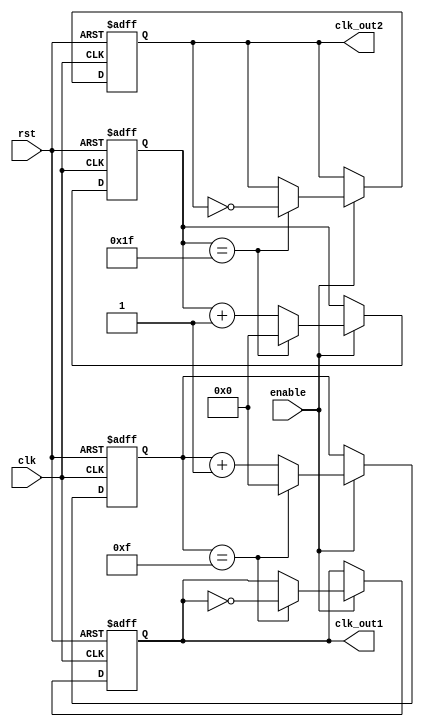
module dual_modulus_clock_divider (
    input wire clk,
    input wire rst,
    input wire enable,
    output reg clk_out1,
    output reg clk_out2
);

reg [7:0] count1;
reg [7:0] count2;
reg [7:0] modulus1 = 8'h0F; // Modulus for clk_out1
reg [7:0] modulus2 = 8'h1F; // Modulus for clk_out2

always @(posedge clk or posedge rst) begin
    if (rst) begin
        count1 <= 8'h00;
        count2 <= 8'h00;
        clk_out1 <= 1'b0;
        clk_out2 <= 1'b0;
    end else begin
        if (enable) begin
            if (count1 == modulus1) begin
                count1 <= 8'h00;
                clk_out1 <= ~clk_out1;
            end else begin
                count1 <= count1 + 1;
            end

            if (count2 == modulus2) begin
                count2 <= 8'h00;
                clk_out2 <= ~clk_out2;
            end else begin
                count2 <= count2 + 1;
            end
        end
    end
end

endmodule